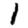
Digit: 1